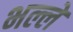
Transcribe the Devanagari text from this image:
भल्ले